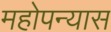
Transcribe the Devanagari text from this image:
महोपन्यास